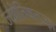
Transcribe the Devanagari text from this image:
ज्योतिषतज्ज्ञ